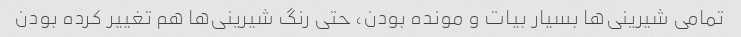
تمامی شیرینی‌ها بسیار بیات و مونده بودن، حتی رنگ شیرینی‌ها هم تغییر کرده بودن